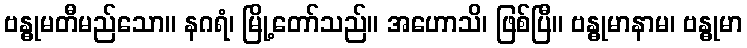
ဗန္ဓုမတီမည်သော။ နဂရံ၊ မြို့တော်သည်။ အဟောသိ၊ ဖြစ်ပြီ။ ဗန္ဓုမာနာမ၊ ဗန္ဓုမာ